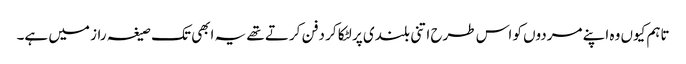
تاہم کیوں وہ اپنے مردوں کو اس طرح اتنی بلندی پر لٹکا کر دفن کرتے تھے یہ ابھی تک صیغہ راز میں ہے۔